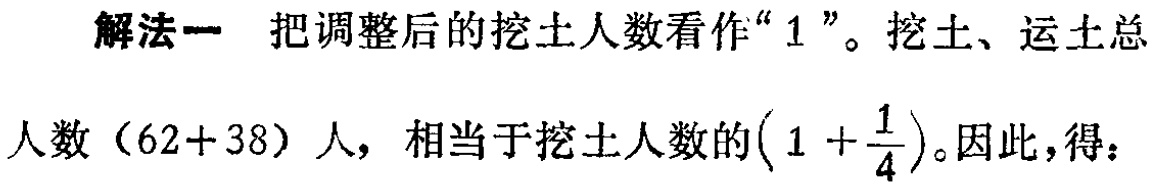
解法一 把调整后的挖土人数看作“$1$”。挖土、运土总

人数（$62 + 38$）人，相当于挖土人数的$\left(1+\dfrac{1}{4}\right)$。因此，得：